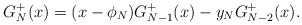
\begin{align*}G^+_N(x) = (x-\phi_N) G^+_{N-1}(x) - y_N G^+_{N-2}(x).\end{align*}